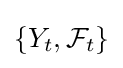
\left\{Y_{t},{\mathcal {F}}_{t}\right\}